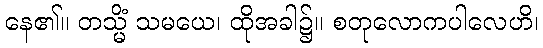
နေ၏။ တသ္မိံ သမယေ၊ ထိုအခါ၌။ စတုလောကပါလေဟိ၊